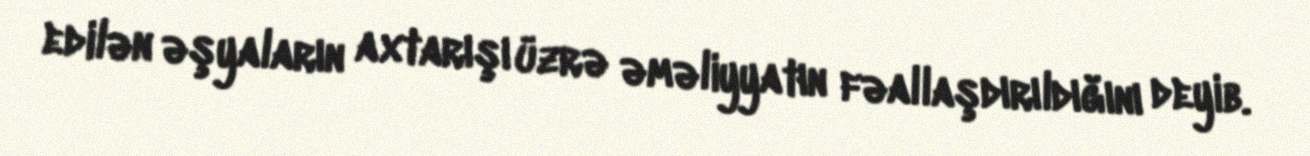
edilən əşyaların axtarışı üzrə əməliyyatın fəallaşdırıldığını deyib.